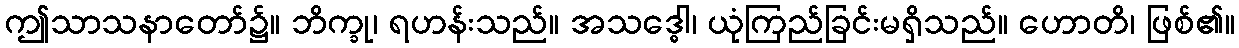
ဤသာသနာတော်၌။ ဘိက္ခု၊ ရဟန်းသည်။ အသဒ္ဓေါ၊ ယုံကြည်ခြင်းမရှိသည်။ ဟောတိ၊ ဖြစ်၏။